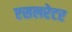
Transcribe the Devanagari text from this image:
एसलरेटर